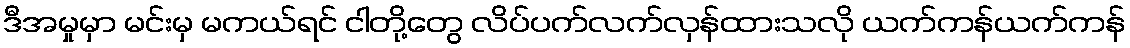
ဒီအမှုမှာ မင်းမှ မကယ်ရင် ငါတို့တွေ လိပ်ပက်လက်လှန်ထားသလို ယက်ကန်ယက်ကန်